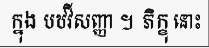
ក្នុង បឋវីសញ្ញា ។ ភិក្ខុ នោះ